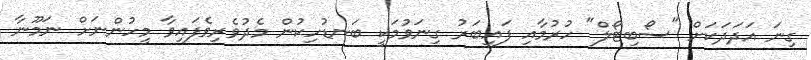
ގިނަ އަދަދަކަށް "ސޯބިޓޯލް" ހުރުމާއި ފައިބަރު ގިނަވުމަކީ ބަނޑުހިކުން މެދުވެރިވެފައިވާ މީހުންނަށް ނަމޫނާ